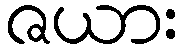
ဇယား